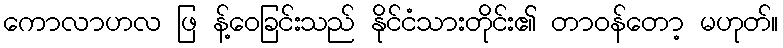
ကောလာဟလ ဖြ န့်ဝေခြင်းသည် နိုင်ငံသားတိုင်း၏ တာဝန်တော့ မဟုတ်။